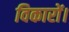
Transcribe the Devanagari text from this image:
विकारों।